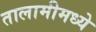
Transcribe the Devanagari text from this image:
तालामीमध्ये